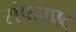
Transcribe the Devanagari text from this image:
संपदाप्रद